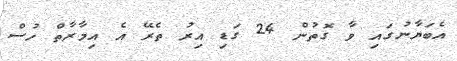
އެބަޔާނުގައި ވާ ގޮތުން 24 ގަޑި އިރު ތެރޭ އެ އިމާރާތް ހުސް